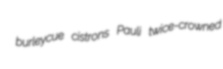
burleycue cistrons Pauli twice-crowned